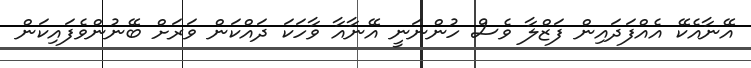
އޭނާއެކޭ އެއްފަދައިން ފަޒްލާ ވެސް ހުންނަނީ އޭނާއާ ވާހަކަ ދައްކަން ވަރަށް ބޭނުންވެފައިކަން